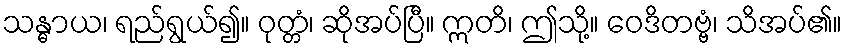
သန္ဓာယ၊ ရည်ရွယ်၍။ ဝုတ္တံ၊ ဆိုအပ်ပြီ။ ဣတိ၊ ဤသို့။ ဝေဒိတဗ္ဗံ၊ သိအပ်၏။